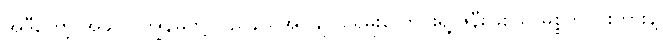
အဲဒီတော့ အခုလို ကျွန်မတို့ ပြည်နယ်အုပ်ချုပ်ရေမှူးလောင်းရဲ့ ဇနီးဖြစ်သူ မစ္စက်ဝင်းတားနဲ့